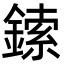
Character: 鎍